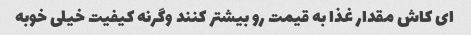
ای کاش مقدار غذا به قیمت رو بیشتر کنند وگرنه کیفیت خیلی خوبه